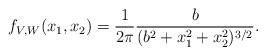
LaTeX: \begin{align*}f_{V,W}(x_1,x_2)=\frac{1}{2\pi}\frac{b}{(b^2+x_1^2+x_2^2)^{3/2}}. \end{align*}